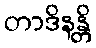
တာဒိနန္တိ